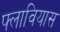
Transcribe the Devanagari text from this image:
फ्लावियास